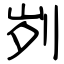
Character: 刿